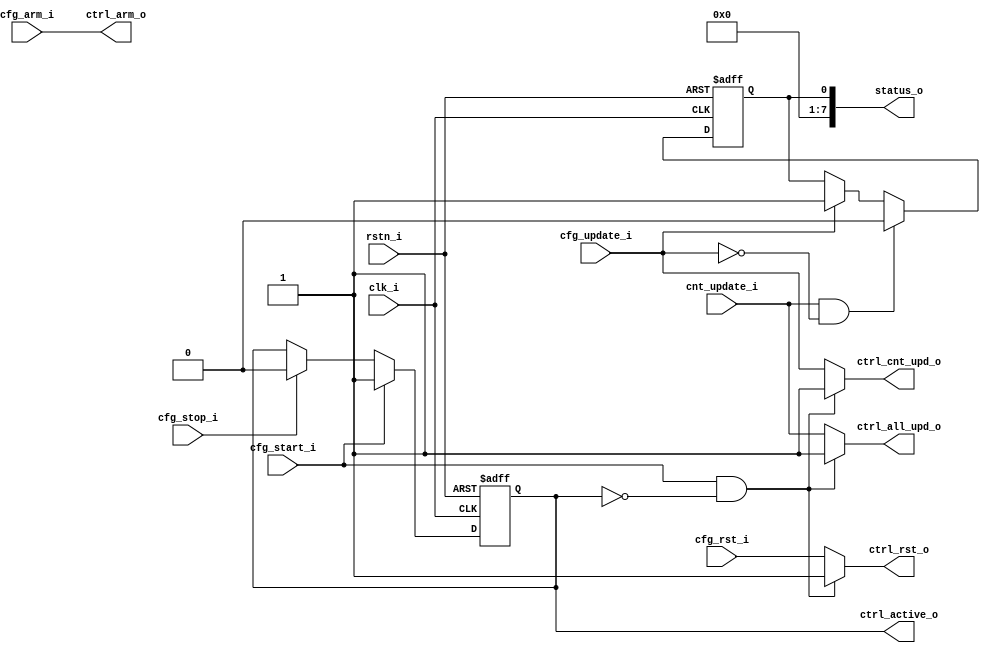
// This program was cloned from: https://github.com/riscv-mcu/e203_hbirdv2
// License: Apache License 2.0

// Copyright 2018 ETH Zurich and University of Bologna.
// -- Adaptable modifications made for hbirdv2 SoC. -- 
// Copyright 2020 Nuclei System Technology, Inc.
// Copyright and related rights are licensed under the Solderpad Hardware
// License, Version 0.51 (the "License"); you may not use this file except in
// compliance with the License.  You may obtain a copy of the License at
// http://solderpad.org/licenses/SHL-0.51. Unless required by applicable law
// or agreed to in writing, software, hardware and materials distributed under
// this License is distributed on an "AS IS" BASIS, WITHOUT WARRANTIES OR
// CONDITIONS OF ANY KIND, either express or implied. See the License for the
// specific language governing permissions and limitations under the License.

module timer_cntrl (
    input  wire       clk_i,
    input  wire       rstn_i,

    input  wire       cfg_start_i,
    input  wire       cfg_stop_i,
    input  wire       cfg_rst_i,
    input  wire       cfg_update_i,
    input  wire       cfg_arm_i,

    output reg        ctrl_cnt_upd_o,
    output reg        ctrl_all_upd_o,
    output wire       ctrl_active_o,
    output reg        ctrl_rst_o,
    output wire       ctrl_arm_o,

    input  wire       cnt_update_i,

    output wire [7:0] status_o
);

    reg r_active;
    reg r_pending;
    
    assign ctrl_arm_o    = cfg_arm_i;
    assign status_o      = {6'h00, r_pending};
    assign ctrl_active_o = r_active;
    
    always @(*) begin : proc_sm
        if (cfg_start_i && !r_active) begin
            ctrl_rst_o     = 1'b1;
            ctrl_cnt_upd_o = 1'b1;
            ctrl_all_upd_o = 1'b1;
	end else begin
            ctrl_rst_o     = cfg_rst_i;
            ctrl_cnt_upd_o = cfg_update_i;
            ctrl_all_upd_o = cnt_update_i;
        end
    end


    always @(posedge clk_i or negedge rstn_i) begin : proc_r_active
        if (~rstn_i) begin
            r_active  <= 0;
            r_pending <= 0;
        end else begin
            if (cfg_start_i)
                r_active <= 1;
            else if (cfg_stop_i)
                r_active <= 0;

            if (cnt_update_i && !cfg_update_i)
                r_pending <= 0;
            else if (cfg_update_i)
                r_pending <= 1;
        end
    end
    
endmodule